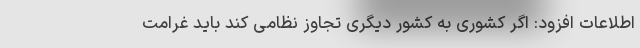
اطلاعات افزود: اگر کشوری به کشور دیگری تجاوز نظامی کند باید غرامت